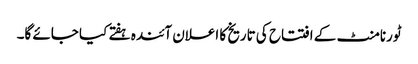
ٹورنامنٹ کے افتتاح کی تاریخ کا اعلان آئندہ ہفتے کیا جائے گا۔